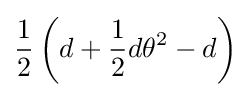
{\frac {1}{2}}\left(d+{\frac {1}{2}}d\theta ^{2}-d\right)